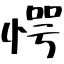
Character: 愕